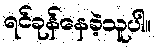
ရင်ခုန်နေခဲ့သူပါ။